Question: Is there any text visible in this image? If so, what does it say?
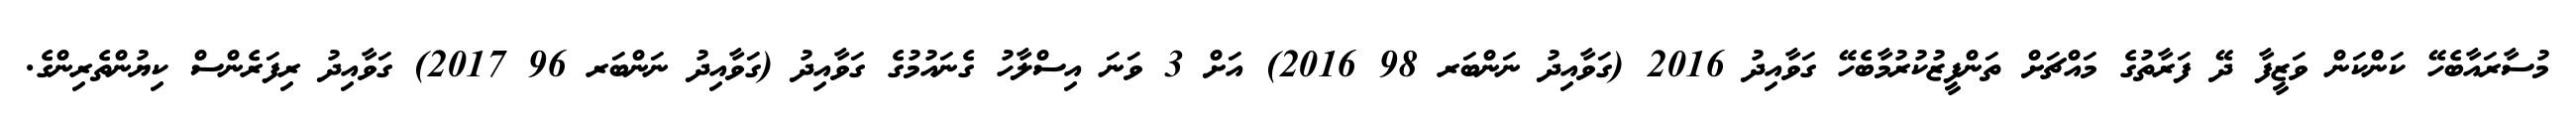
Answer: މުސާރައާބެހޭ ކަންކަން ވަޒީފާ ދޭ ފަރާތުގެ މައްޗަށް ތަންފީޒުކުރުމާބެހޭ ގަވާއިދު 2016 (ގަވާއިދު ނަންބަރ 98 2016) އަށް 3 ވަނަ އިސްލާހު ގެނައުމުގެ ގަވާއިދު (ގަވާއިދު ނަންބަރ 96 2017) ގަވާއިދު ރިފަރެންސް ކިޔުންތެރިންގެ.